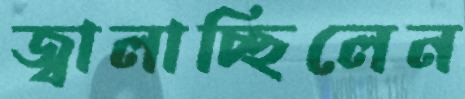
জ্বালাচ্ছিলেন